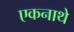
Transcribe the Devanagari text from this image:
एकनाथे